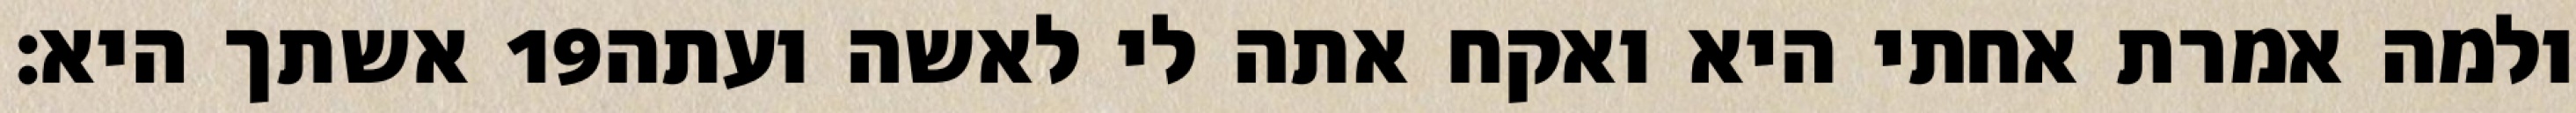
אשתך היא׃ ‎19‏ ולמה אמרת אחתי היא ואקח אתה לי לאשה ועתה